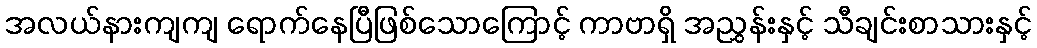
အလယ်နားကျကျ ရောက်နေပြီဖြစ်သောကြောင့် ကာဗာရှိ အညွှန်းနှင့် သီချင်းစာသားနှင့်